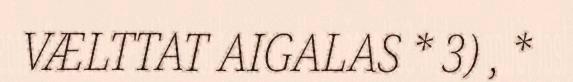
VÆLTTAT AIGALAS * 3) , *